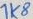
Text: 1K8